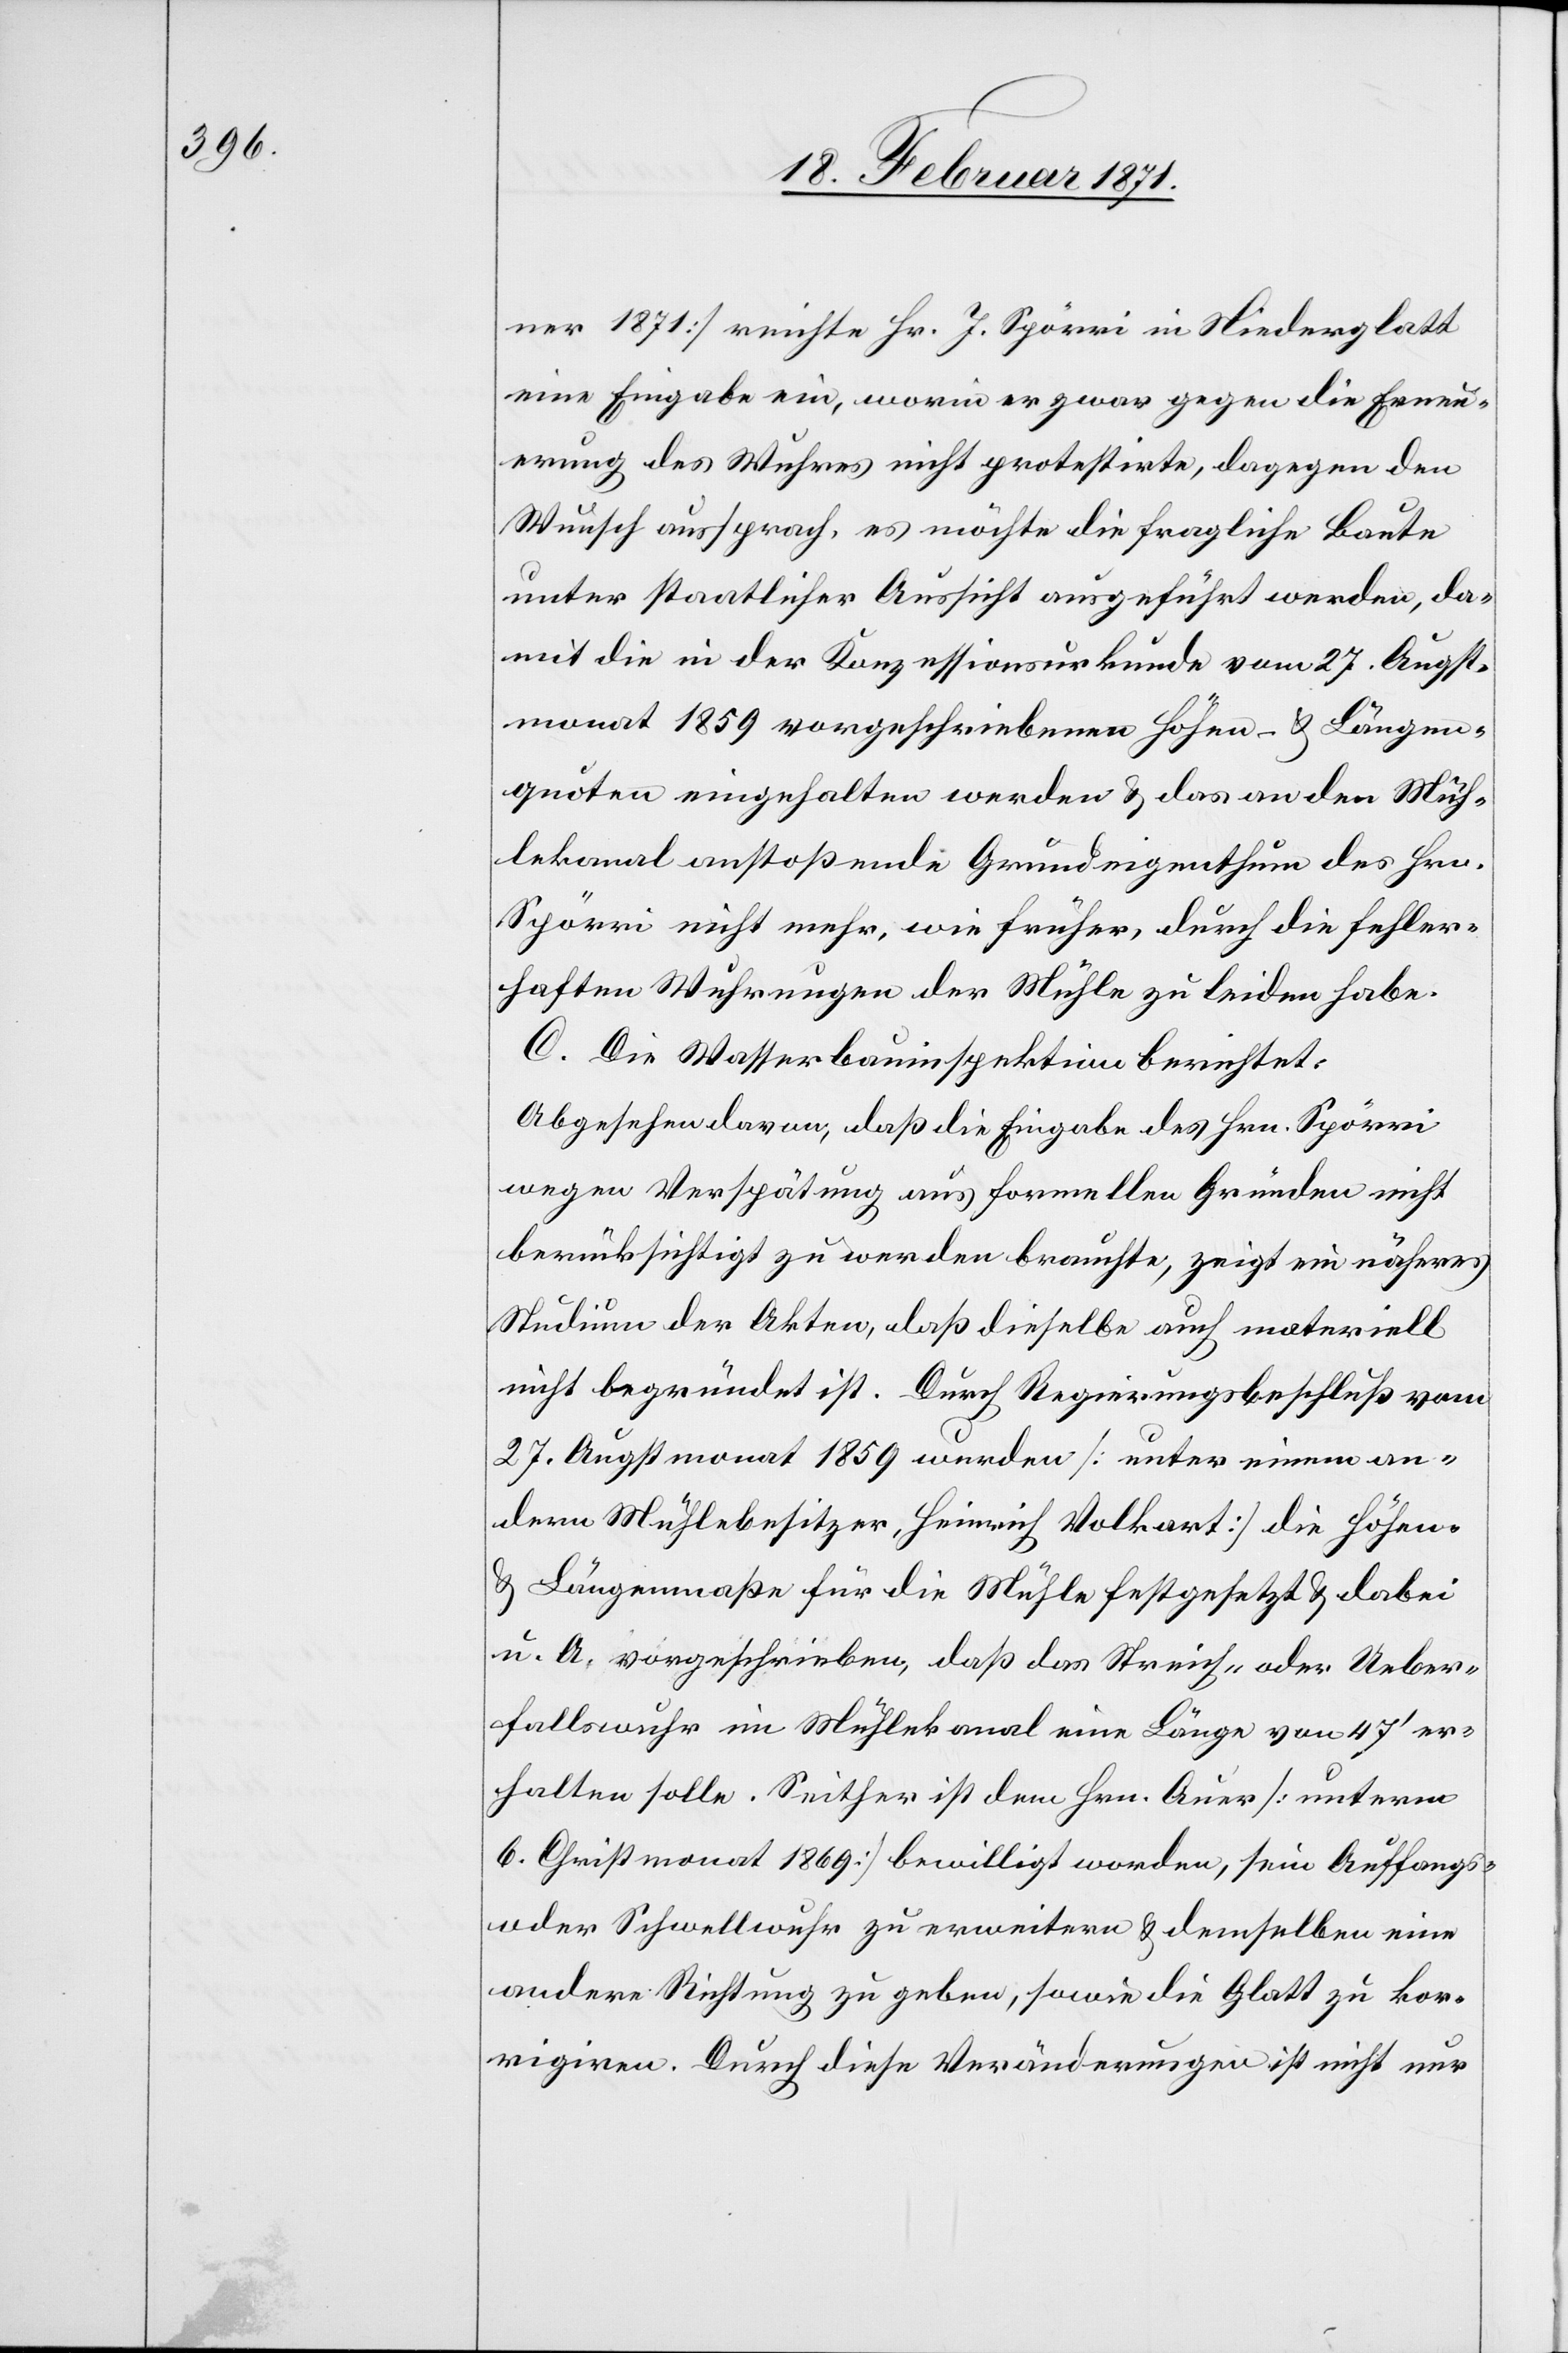
ner 1871] reichte Hr. J. Spörri in Niederglatt
eine Eingabe ein, worin er zwar gegen die Erneu¬
erung des Wuhres nicht protestirte, dagegen den
Wunsch aussprach, es möchte die fragliche Baute
unter staatlicher Aufsicht ausgeführt werden, da¬
mit die in der Konzessionsurkunde vom 27. Augst¬
monat 1859 vorgeschriebenen Höhen- u. Längen¬
quoten eingehalten werden u. das an den Müh¬
lekanal anstoßende Grundeigenthum des Hrn.
Spörri nicht mehr, wie früher, durch die fehler¬
haften Wuhrungen der Mühle zu leiden habe.
C. Die Wasserbauinspektion berichtet:
Abgesehen davon, daß die Eingabe des Hrn. Spörri
wegen Verspätung aus formellen Gründen nicht
berücksichtig zu werden brauchte, zeigt ein näheres
Studium der Akten, daß dieselbe auch materiell
nicht begründet ist. Durch Regierungsbeschluß vom
27. Augstmonat 1859 wurden [unter einem an¬
dern Mühlebesitzer, Heinrich Volkart] die Höhen-
u. Längenmaße für die Mühle festgesetzt u. dabei
u. A. vorgeschrieben, daß das Streich- oder Ueber¬
fallswuhr im Mühlekanal eine Länge von 47‘ er¬
halten solle. Seither ist dem Hrn. Auer [unterm
6. Christmonat 1869] bewilligt worden, sein Auffangs-
oder Schwellwuhr zu erweitern u. demselben eine
andere Richtung zu geben, sowie die Glatt zu kor¬
rigiren. Durch diese Veränderungen ist nicht nur